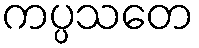
ကပ္ပသတေ